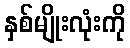
နှစ်မျိုးလုံးကို